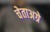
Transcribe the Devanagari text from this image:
चेताअग्रे